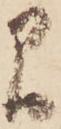
間